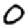
Digit: 0